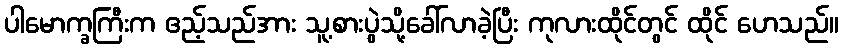
ပါမောက္ခကြီးက ဧည့်သည်အား သူ့စားပွဲသို့ခေါ်လာခဲ့ပြီး ကုလားထိုင်တွင် ထိုင် ဟေသည်။